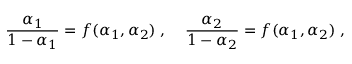
\frac { \alpha _ { 1 } } { 1 - \alpha _ { 1 } } = f ( \alpha _ { 1 } , \alpha _ { 2 } ) \; , \; \; \; \; \frac { \alpha _ { 2 } } { 1 - \alpha _ { 2 } } = f ( \alpha _ { 1 } , \alpha _ { 2 } ) \; ,